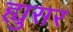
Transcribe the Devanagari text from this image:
ह्युसर